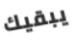
يبقيك